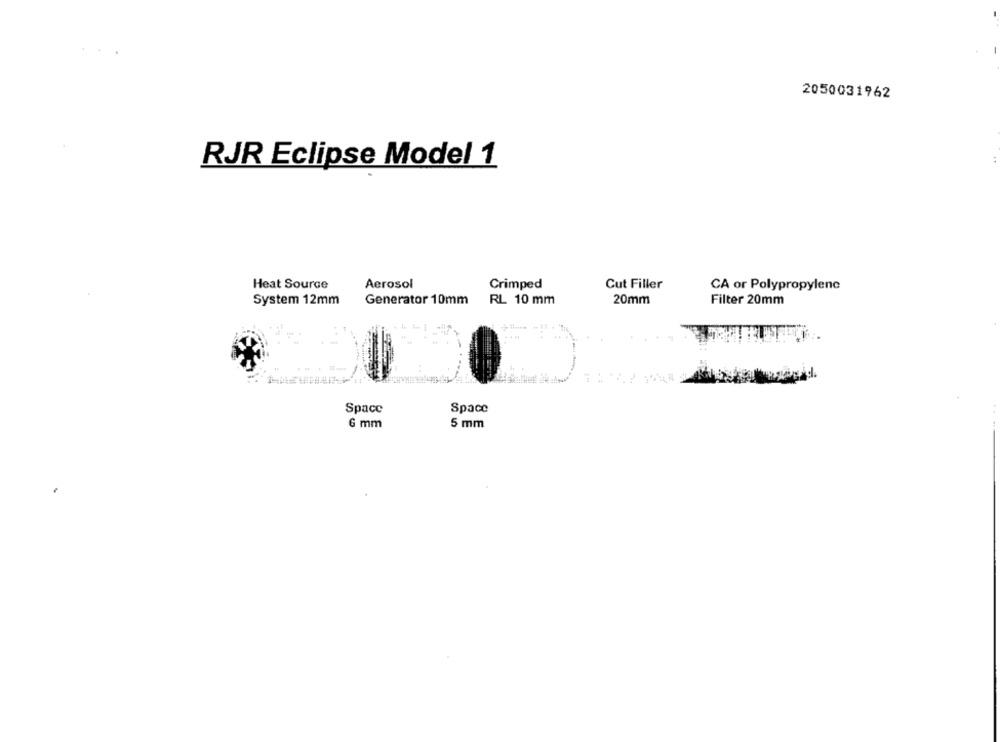
2050031962
RJR Eclipse Model 1
Heat Source
Aerosol
Crimped
Cut Filler
CA or Polypropylenc
System 12mm
Generator 10mm
RL 10 mm
20mm
Filter 20mm
Space
Space
G mm
5 mm